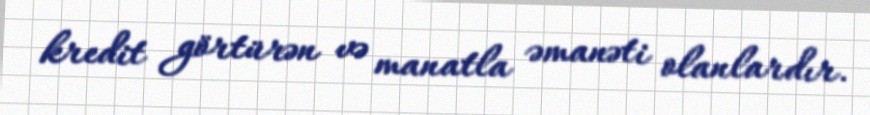
kredit görtürən və manatla əmanəti olanlardır.